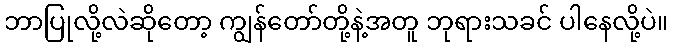
ဘာပြုလို့လဲဆိုတော့ ကျွန်တော်တို့နဲ့အတူ ဘုရားသခင် ပါနေလို့ပဲ။